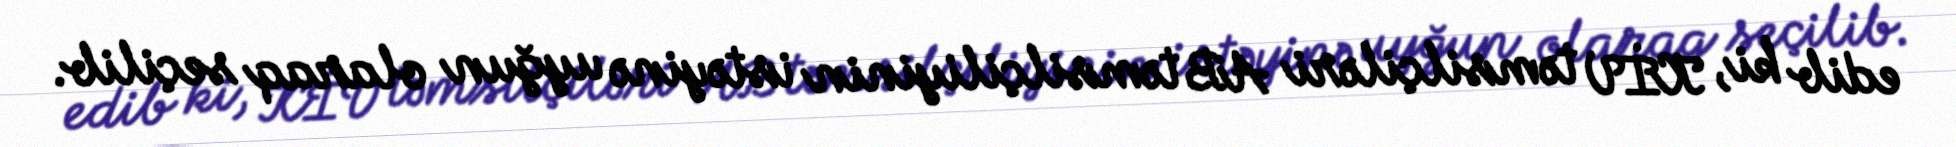
edib ki, KİV təmsilçiləri AB təmsilçiliyinin istəyinə uyğun olaraq seçilib.